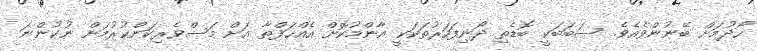
ހޯދުމަށް ބޭނުންވެއެވެ. ސަބަބަކީ ބޮޑެތި ދޯނިފަހަރުތަކަކީ އާންމުކޮށް އެއްހަފްތާ އަށް މަސްވެރިކަންކުރުމަށް ނުކުންނަ